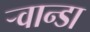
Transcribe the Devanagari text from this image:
ऱ्वान्डा